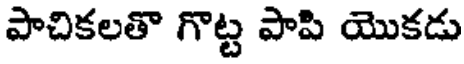
పాచికలతొ గొట్ట పాపి యొకడు